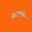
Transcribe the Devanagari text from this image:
सरलाबेन